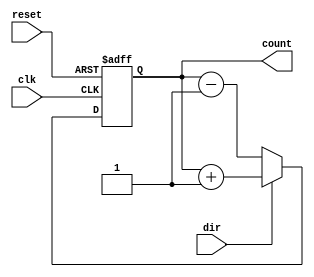
module counter8b_updown(count, clk, reset, dir);
output reg [7:0] count = 8'b0;
input clk, reset, dir;

always @ (posedge clk, posedge reset)
begin
  if (reset) count <= 8'b0;
  else begin
    if (dir) count <= count+1;  //up
    else count <= count-1;  //down
  end
end

endmodule